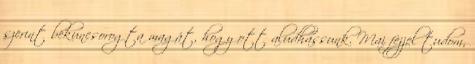
szerint bekuncsorogta magát, hogy ott aludhassunk. Mai fejjel tudom,